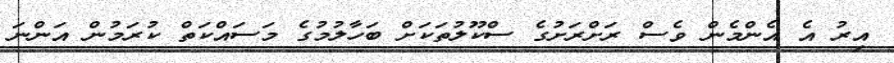
އިރު އެ އެންމެން ވެސް ރަށްރަށުގެ ސްކޫލުތަކަށް ބަހާލުމުގެ މަސައްކަތް ކުރަމުން އަންނަ